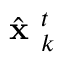
\hat { \textbf { x } } _ { k } ^ { t }